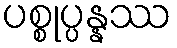
ပစ္စုပ္ပန္နဿ